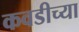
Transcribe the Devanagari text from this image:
कवडीच्या